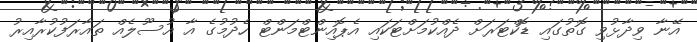
އޭނާ ވިދާޅުވި ގޮތުގައި ޑޮކްޓަރަށް ދެއްކުމަށްޓަކައި އެޕޮއިންޓްމަންޓް ހެދުމުގެ އާ އުސޫލެއް ތައާރަފުކުރާއިރު